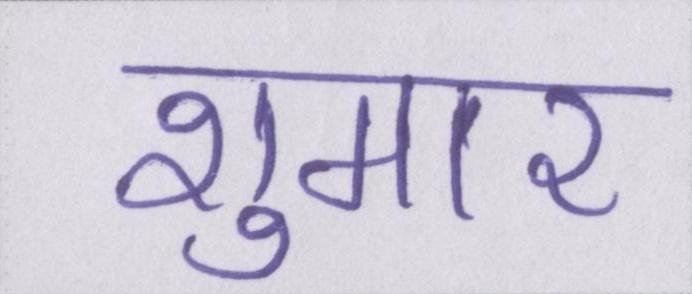
शुमार